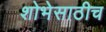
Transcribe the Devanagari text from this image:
शोभेसाठीच